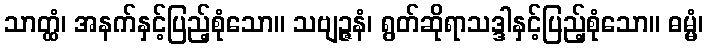
သာတ္ထံ၊ အနက်နှင့်ပြည့်စုံသော။ သဗျဉ္ဇနံ၊ ရွတ်ဆိုရာသဒ္ဒါနှင့်ပြည့်စုံသော။ ဓမ္မံ၊